Scottish Leaving Certificate Examination, 1961
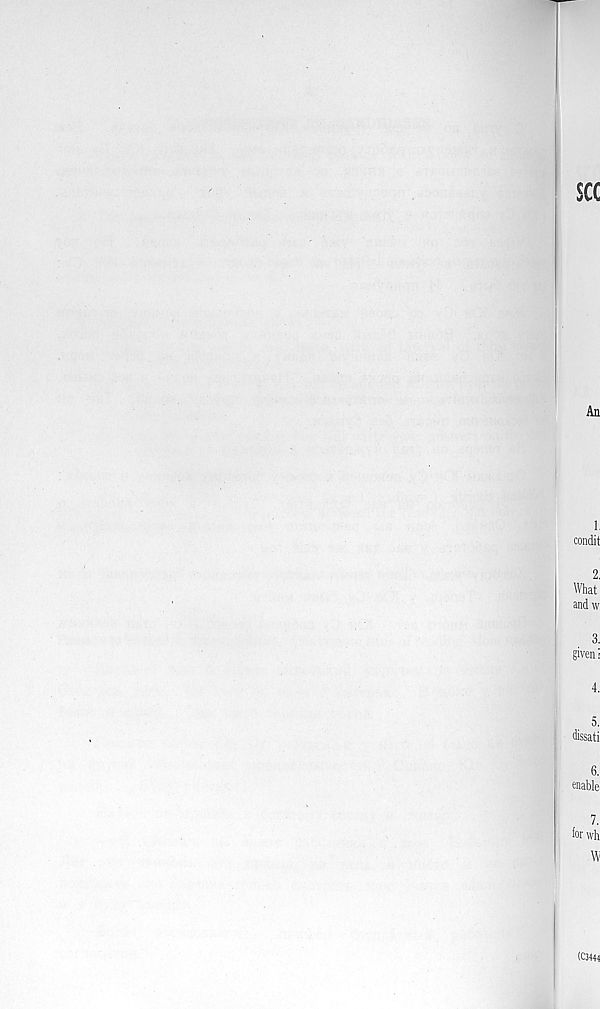
see
1,
condit
2.
What
andw
a
given-
4.
5.
dissati
6.
enable'
7.
for wh
\\
(C3444